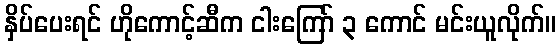
နှိပ်ပေးရင် ဟိုကောင့်ဆီက ငါးကြော် ၃ ကောင် မင်းယူလိုက်။